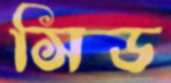
সিড